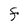
Character: F